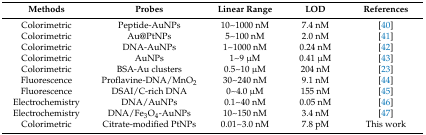
| Methods | Probes | Linear Range | LOD | References |
 | --- | --- | --- | --- | --- |
 | Colorimetric | Peptide-AuNPs | 10~1000 nM | 7.4 nM | [40] |
 | Colorimetric | Au@PtNPs | 5~100 nM | 2.0 nM | [41] |
 | Colorimetric | DNA-AuNPs | 1~1000 nM | 0.24 nM | [42] |
 | Colorimetric | AuNPs | 1~9 μM | 0.41 μM | [43] |
 | Colorimetric | BSA-Au clusters | 0.5~10 μM | 204 nM | [23] |
 | Fluorescence | Proflavine-DNA/MnO2 | 30~240 nM | 9.1 nM | [44] |
 | Fluorescence | DSAI/C-rich DNA | 0~4.0 μM | 155 nM | [45] |
 | Electrochemistry | DNA/AuNPs | 0.1~40 nM | 0.05 nM | [46] |
 | Electrochemistry | DNA/Fe3O4-AuNPs | 10~150 nM | 3.4 nM | [47] |
 | Colorimetric | Citrate-modified PtNPs | 0.01~3.0 nM | 7.8 pM | This work |